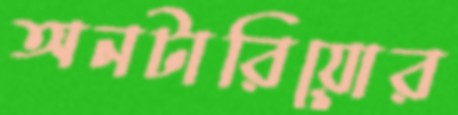
অনটারিয়োর